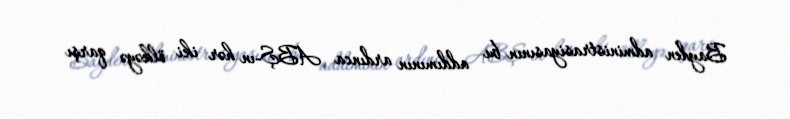
Bayden administrasiyasının bu addımının ardınca ABŞ-ın hər iki ölkəyə qarşı